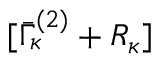
[ \bar { \Gamma } _ { \kappa } ^ { ( 2 ) } + { \cal R } _ { \kappa } ]